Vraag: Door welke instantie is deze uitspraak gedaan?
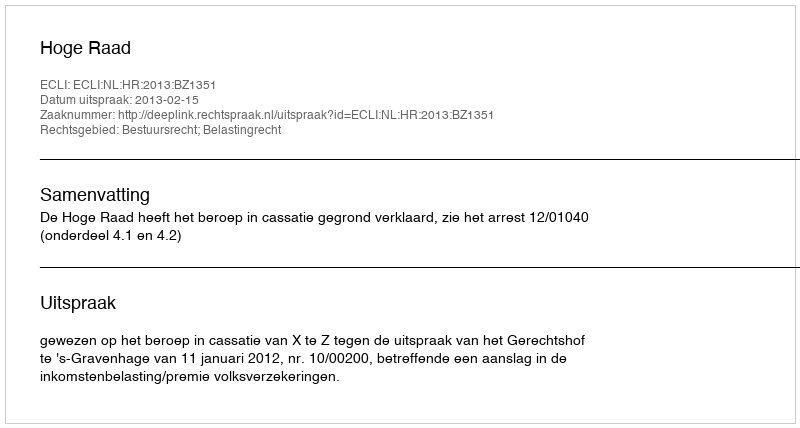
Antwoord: Hoge Raad